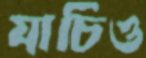
যাচিও